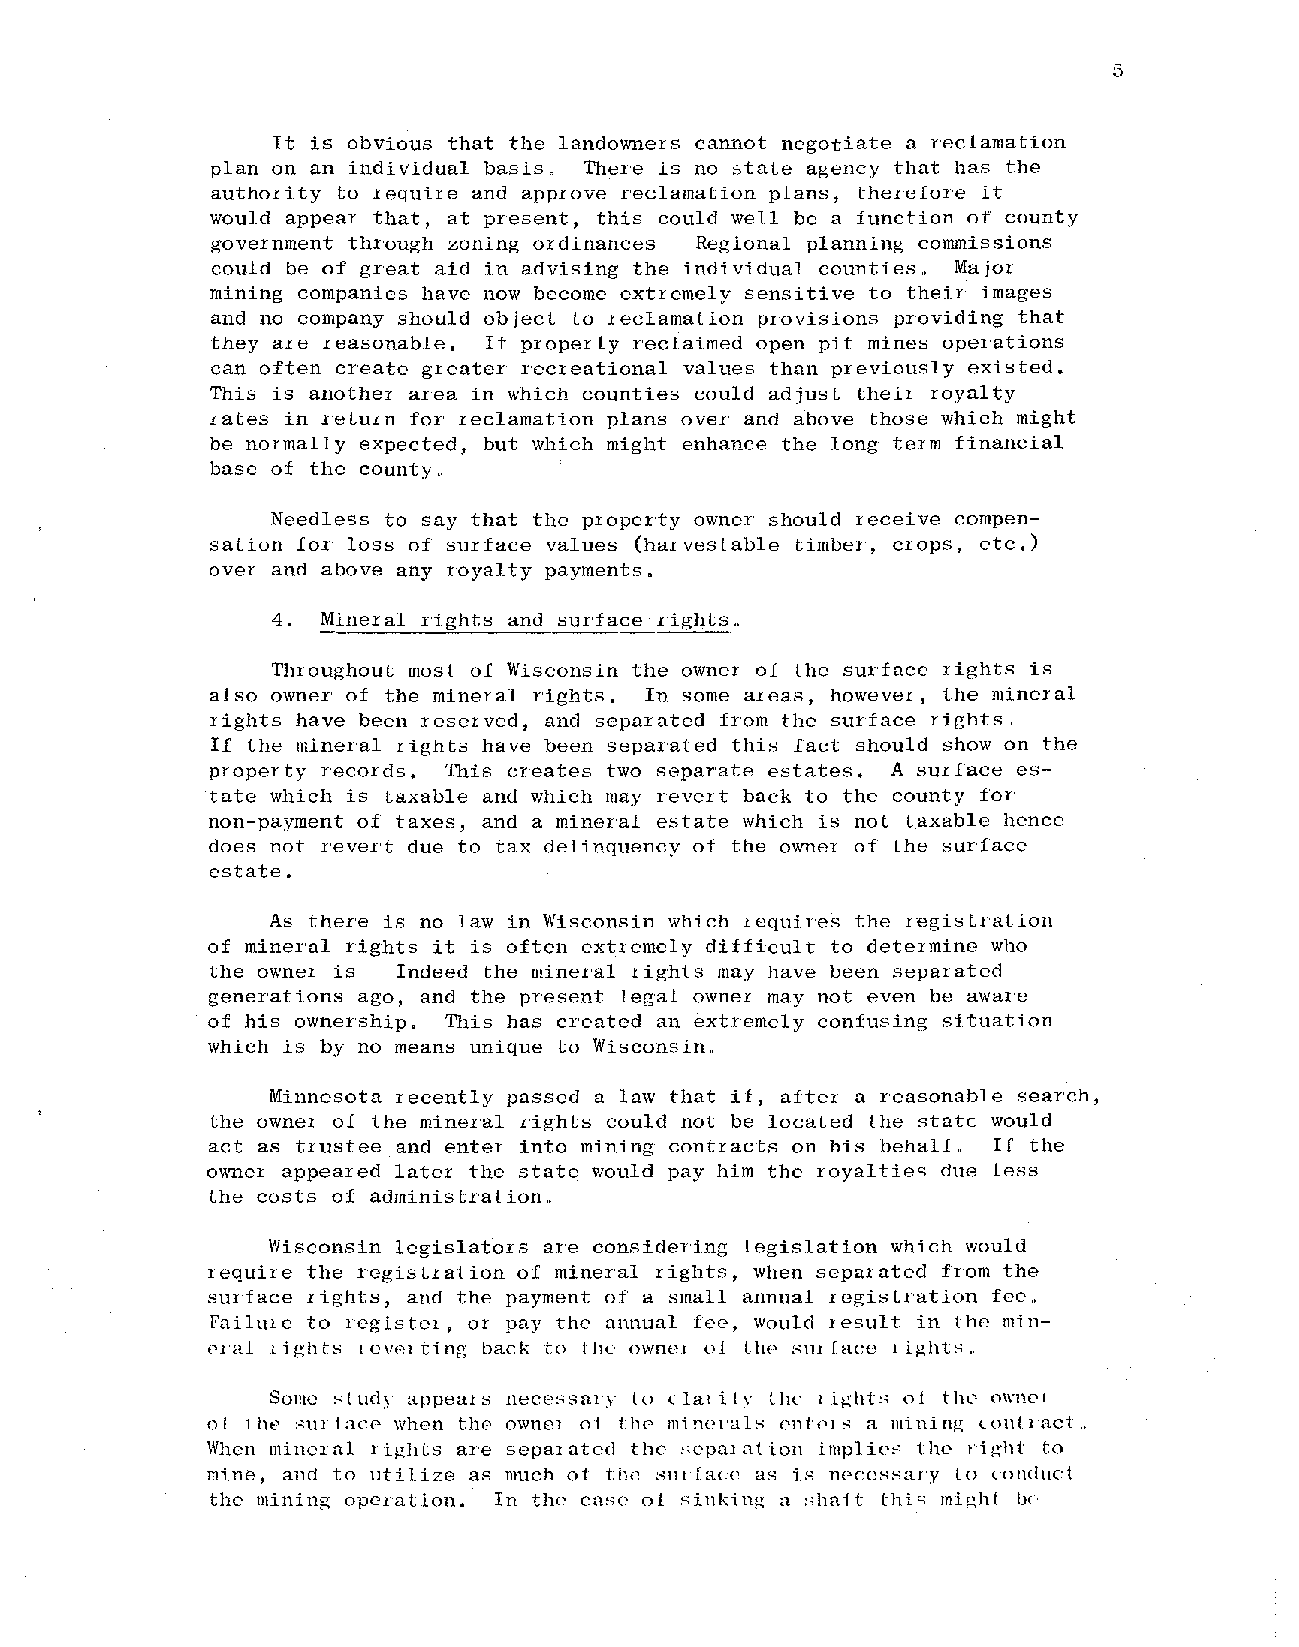
5
 It is obvious that the landowners cannot negotiate a reclamation
 plan on an individual basis. There is no state agency that has the
 authority to require and approve reclamation plans, therefore it
 would appear that, at present, this could well be a function of county
 government thl'ough zoning ordinances, Regional planning commissions
 could be of great aid in advising the individual counties" Major
 mining companies have now become extremely sensitive to their images
 and no company should object to reclamation provisions providing that
 they are reasonable. If properly reclaimed open pit mines operations
 can often create greater recreational values than previously existed.
 This is another area in which counties could adjust their royalty
 rates in return for reclamation plans over and above those which might
 be normally expected, but which might enhance the long term financial
 base of the county,
 Needless to say that the property owner should receive compen
 sation for loss of surface values (harvestable timber, crops, etc.)
 over and above any royalty payments.
 4. Mineral rights and surface rights ..
 Throughout most of Wisconsin the owner of the surface rights is
 also owner of the mineral rights. In some areas, however, the mineral
 rights have been reserved, and separated from the surface rights"
 If the mineral rights have been separated this fact should show on the
 property records. This creates two separate estates. A surf'ace es
 tate which is taxable and which may revert back to the county for
 non-payment of taxes, and a mineral estate which is not taxable hence
 does not revert due to tax delinquency of the owner of the surface
 estate.
 As there is no law in Wisconsin which lequires the registration
 of mineral rights it is often extremely difficult to determine who
 the owner is Indeed the mineral rights may have been separated
 generations ago, and the present legal owner may not even be aware
 of his ownership. This has created an extremely confusing situation
 which is by no means unique to Wisconsin ..
 Minnesota recently passed a law that if, after a reasonable search,
 the owner of the mineral rights could not be located the state would
 act as trustee and enter into mining contracts on his behalf.. If the
 owner appeared later the state would pay him the royalties due less
 the costs of administr'ation ..
 Wisconsin legislators are considering legislation which would
 require the registration of mineral rights, when separated from the
 surface rights, and the payment of a small annual registration fee"
 Failtlle to I'cgistOI, or pay the annual fee, would JesuIt in the min
 cI'a1 lights lovel ting back to the' ownel 01 the StU face lights.,
 SOIllC' stud) appealS nece:..:;salT to ('lal1.1y the light..,.; 01 thL' nwnC'1
 01 tilt:.' sUl'lace when tho ownel of the minP1'uls cntf'ls a mining contl"act
 When minel'u1 1 ights are sepal atcd the sc'pal at ion implies the t"ight to
 mine, and to utilize as much of the :":;UI face as is npccssary to (onduct
 the mining opcl'ation. In the case of sinking a :..:;haft this might b{'